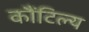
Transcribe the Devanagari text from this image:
कौंटिल्य